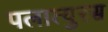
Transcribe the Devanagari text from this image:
पलात्युरस